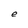
Character: e